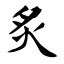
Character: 炙